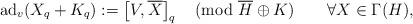
LaTeX: \begin{align*}\mathrm{ad}_v(X_q+K_q):=\left[V,\overline{X}\right]_q\pmod{\overline{H}\oplus K}\quad\quad\forall X\in \Gamma(H),\end{align*}